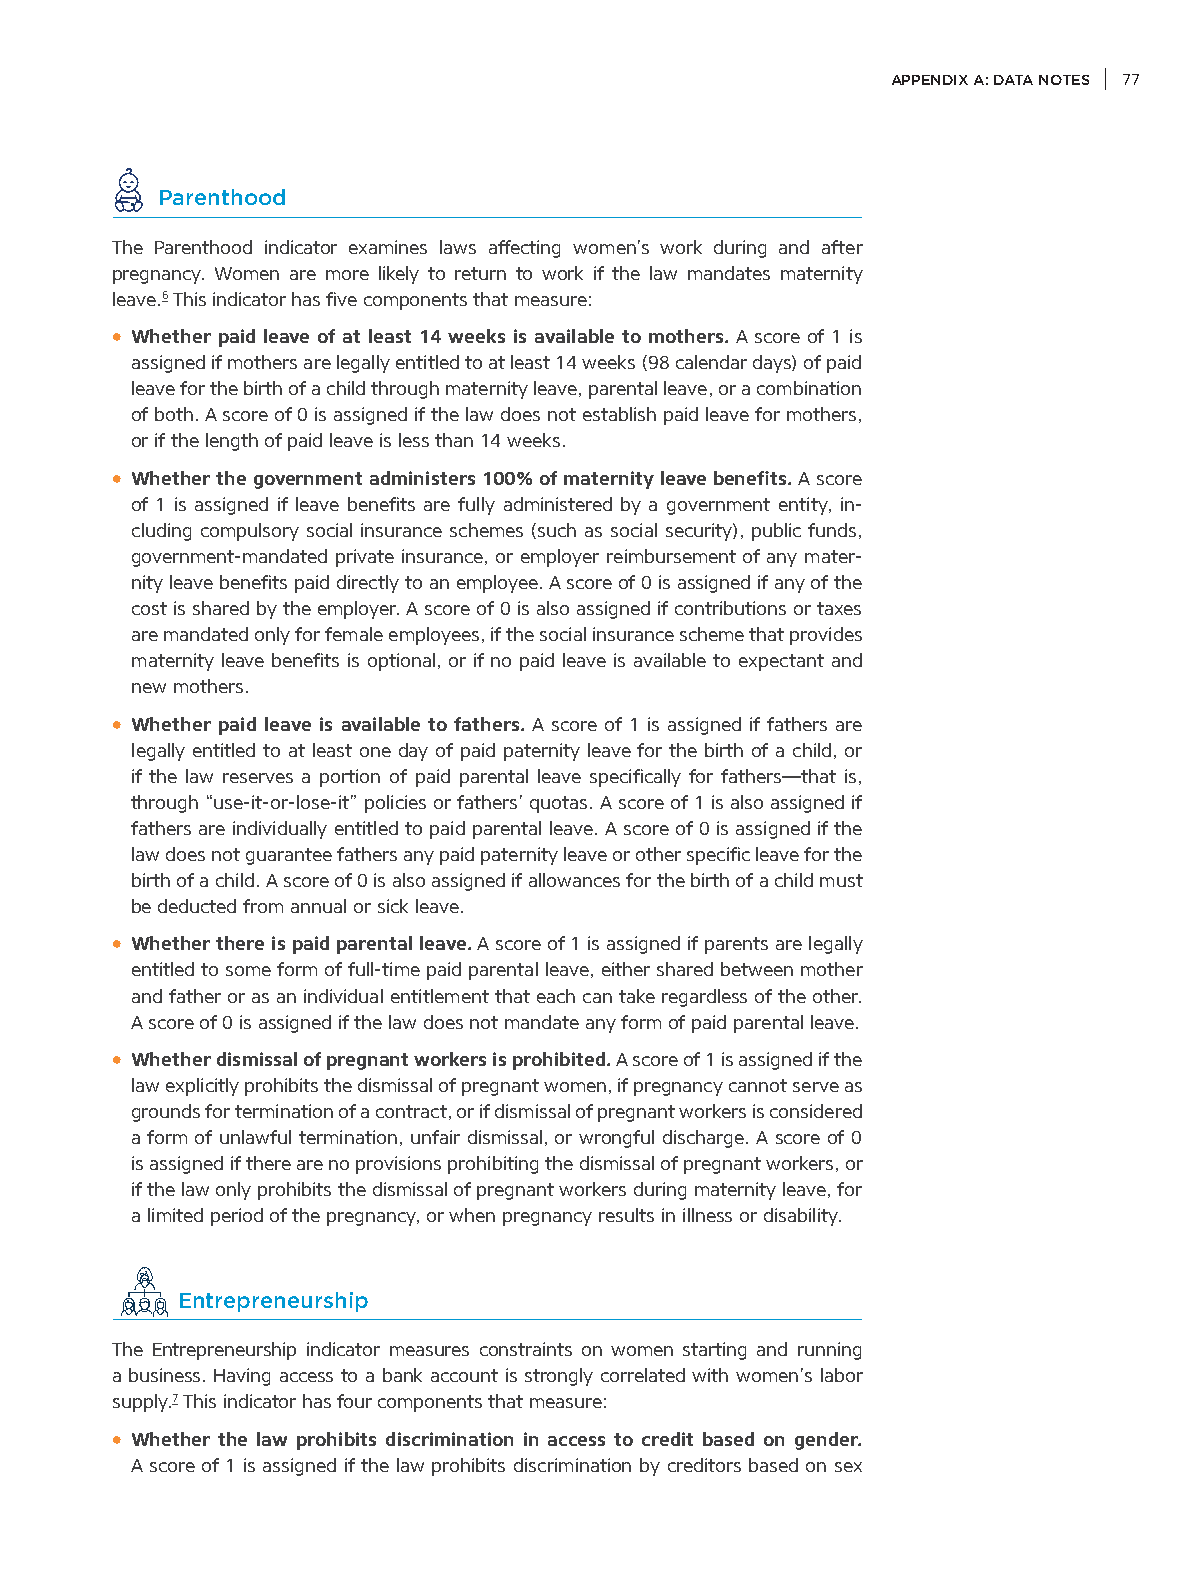
APPENDIX A: DATA NOTES 77
 Parenthood
 The Parenthood indicator examines laws affecting women’s work during and after
 pregnancy. Women are more likely to return to work if the law mandates maternity
 leave.6 This indicator has five components that measure:
 • Whether paid leave of at least 14 weeks is available to mothers. A score of 1 is
 assigned if mothers are legally entitled to at least 14 weeks (98 calendar days) of paid
 leave for the birth of a child through maternity leave, parental leave, or a combination
 of both. A score of 0 is assigned if the law does not establish paid leave for mothers,
 or if the length of paid leave is less than 14 weeks.
 • Whether the government administers 100% of maternity leave benefits. A score
 of 1 is assigned if leave benefits are fully administered by a government entity, in-
 cluding compulsory social insurance schemes (such as social security), public funds,
 government-mandated private insurance, or employer reimbursement of any mater-
 nity leave benefits paid directly to an employee. A score of 0 is assigned if any of the
 cost is shared by the employer. A score of 0 is also assigned if contributions or taxes
 are mandated only for female employees, if the social insurance scheme that provides
 maternity leave benefits is optional, or if no paid leave is available to expectant and
 new mothers.
 • Whether paid leave is available to fathers. A score of 1 is assigned if fathers are
 legally entitled to at least one day of paid paternity leave for the birth of a child, or
 if the law reserves a portion of paid parental leave specifically for fathers—that is,
 through “use-it-or-lose-it” policies or fathers’ quotas. A score of 1 is also assigned if
 fathers are individually entitled to paid parental leave. A score of 0 is assigned if the
 law does not guarantee fathers any paid paternity leave or other specific leave for the
 birth of a child. A score of 0 is also assigned if allowances for the birth of a child must
 be deducted from annual or sick leave.
 • Whether there is paid parental leave. A score of 1 is assigned if parents are legally
 entitled to some form of full-time paid parental leave, either shared between mother
 and father or as an individual entitlement that each can take regardless of the other.
 A score of 0 is assigned if the law does not mandate any form of paid parental leave.
 • Whether dismissal of pregnant workers is prohibited. A score of 1 is assigned if the
 law explicitly prohibits the dismissal of pregnant women, if pregnancy cannot serve as
 grounds for termination of a contract, or if dismissal of pregnant workers is considered
 a form of unlawful termination, unfair dismissal, or wrongful discharge. A score of 0
 is assigned if there are no provisions prohibiting the dismissal of pregnant workers, or
 if the law only prohibits the dismissal of pregnant workers during maternity leave, for
 a limited period of the pregnancy, or when pregnancy results in illness or disability.
 Entrepreneurship
 The Entrepreneurship indicator measures constraints on women starting and running
 a business. Having access to a bank account is strongly correlated with women’s labor
 supply.7 This indicator has four components that measure:
 • Whether the law prohibits discrimination in access to credit based on gender.
 A score of 1 is assigned if the law prohibits discrimination by creditors based on sex